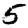
Digit: 5